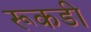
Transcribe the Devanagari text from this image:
रूकडी